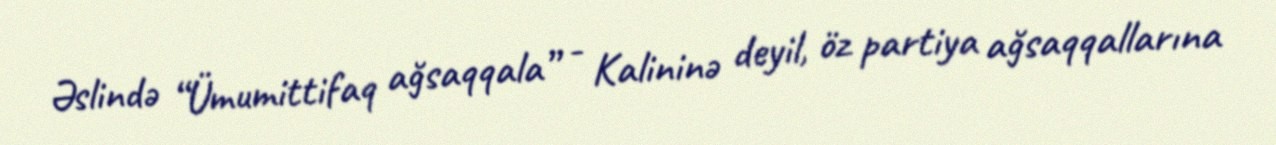
Əslində “Ümumittifaq ağsaqqala” - Kalininə deyil, öz partiya ağsaqqallarına